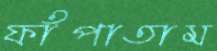
ফাঁপাতাম